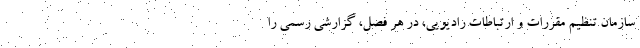
سازمان تنظیم مقررات و ارتباطات رادیویی، در هر فصل، گزارشی رسمی را